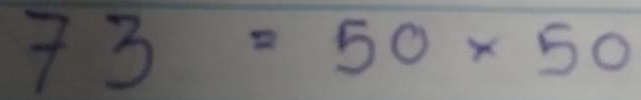
73 = 50x50